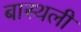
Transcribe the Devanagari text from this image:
बास्थली